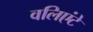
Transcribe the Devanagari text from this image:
वलिएंटे